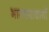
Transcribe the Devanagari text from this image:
भास्कराचार्यो